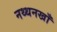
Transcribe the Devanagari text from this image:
नथ्थनखाँ